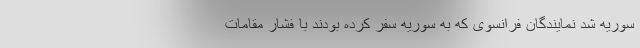
سوریه شد نمایندگان فرانسوی که به سوریه سفر کرده بودند با فشار مقامات